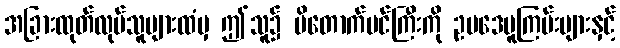
အခြားထုတ်လုပ်သူများထံမှ ဤသူ၌ ပိတောက်ပင်ကြီးကို ဥပဒေမူကြမ်းများနှင့်